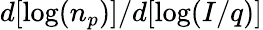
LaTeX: d[\log(n_{p})]/d[\log(I/q)]